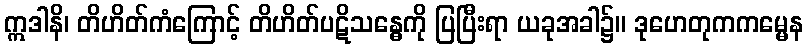
ဣဒါနိ၊ တိဟိတ်ကံကြောင့် တိဟိတ်ပဋိသန္ဓေကို ပြပြီးရာ ယခုအခါ၌။ ဒုဟေတုကကမ္မေန